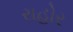
રાહોર